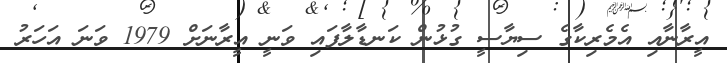
އީރާނާއި އެމެރިކާގެ ސިޔާސީ ގުޅުން ކަނޑާލާފައި ވަނީ އީރާނަށް 1979 ވަނަ އަހަރު